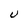
Character: U